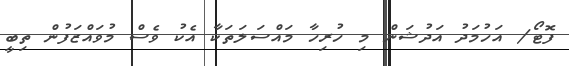
ފޮޓޯ/ އަހުމަދު އަދުޝަން މި ހުރިހާ މައްސަލަތަކާ އެކު ވެސް މުވައްޒަފުން ތިބީ